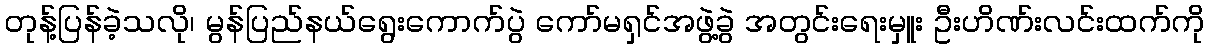
တုန့်ပြန်ခဲ့သလို၊ မွန်ပြည်နယ်ရွေးကောက်ပွဲ ကော်မရှင်အဖွဲ့ခွဲ အတွင်းရေးမှူး ဦးဟိဏ်းလင်းထက်ကို